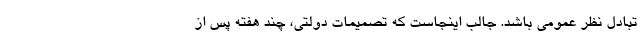
تبادل نظر عمومی باشد. جالب اینجاست که تصمیمات دولتی، چند هفته پس از